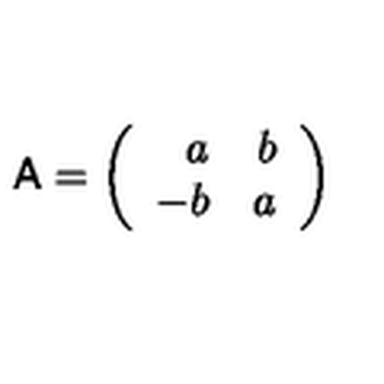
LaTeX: { \sf A } = \left( \begin{array} { r r } { a } & { b } \\ { - b } & { a } \\ \end{array} \right)